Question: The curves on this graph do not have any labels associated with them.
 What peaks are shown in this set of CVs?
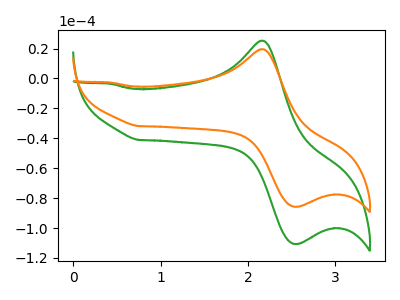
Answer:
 <answer>The green curve "green" has an anodic peak at (2.15V, 25.30uA) and a cathodic peak at (2.60V, -110.65uA). The orange curve "orange" has an anodic peak at (2.15V, 19.60uA) and a cathodic peak at (2.60V, -85.75uA).</answer>
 <eval></eval>